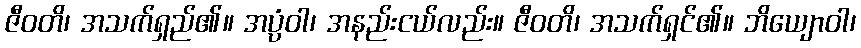
ဇီဝတိ၊ အသက်ရှည်၏။ အပ္ပံဝါ၊ အနည်းငယ်လည်း။ ဇီဝတိ၊ အသက်ရှင်၏။ ဘိယျောဝါ၊